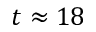
t \approx 1 8